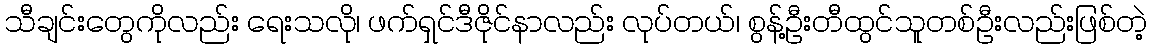
သီချင်းတွေကိုလည်း ရေးသလို၊ ဖက်ရှင်ဒီဇိုင်နာလည်း လုပ်တယ်၊ စွန့်ဦးတီထွင်သူတစ်ဦးလည်းဖြစ်တဲ့